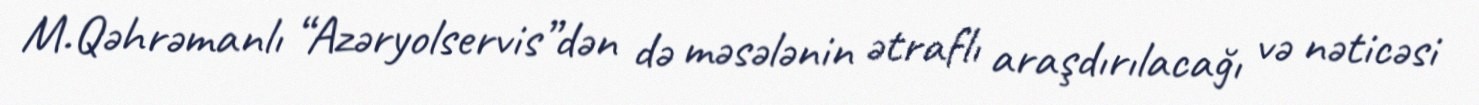
M.Qəhrəmanlı “Azəryolservis”dən də məsələnin ətraflı araşdırılacağı və nəticəsi